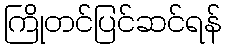
ကြိုတင်ပြင်ဆင်ရန်